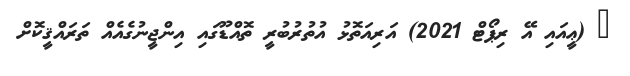
_ (ޢީއައި އޭ ރިޕޯޓް 2021) އަރިއަތޮޅު އުތުރުބުރީ ތޮއްޑޫގައި އިންޖީނުގެއެއް ތަރައްޤީކޮށް